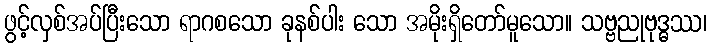
ဖွင့်လှစ်အပ်ပြီးသော ရာဂစသော ခုနစ်ပါး သော အမိုးရှိတော်မူသော။ သဗ္ဗညုဗုဒ္ဓဿ၊